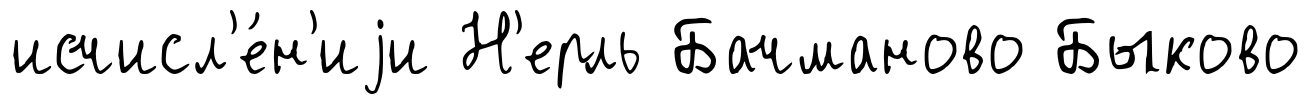
исчисл'е́н'иjи Н'ерль Бачманово Быково